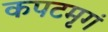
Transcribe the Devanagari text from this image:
कपटमृगं